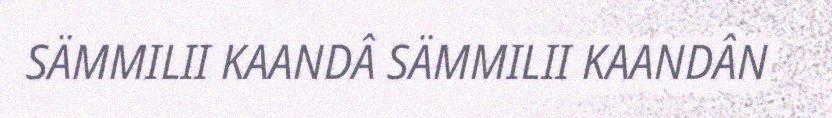
SÄMMILII KAANDÂ SÄMMILII KAANDÂN